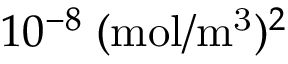
1 0 ^ { - 8 } \; ( \mathrm { m o l } / \mathrm { m ^ { 3 } } ) ^ { 2 }